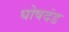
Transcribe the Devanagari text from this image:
घोषदंड